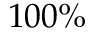
1 0 0 \%